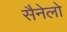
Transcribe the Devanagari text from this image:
सैनेलो